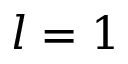
l = 1